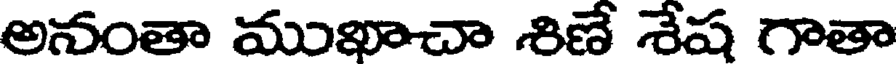
అనంతా ముఖాచా శిణే శేష గాతా